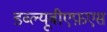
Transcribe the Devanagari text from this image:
डब्ल्यूबीएफ़एस